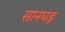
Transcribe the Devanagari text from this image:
सानघड़